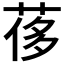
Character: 𦰿